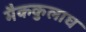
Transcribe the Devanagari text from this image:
मैककुलाघ